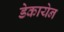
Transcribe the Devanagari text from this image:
डेकायेन